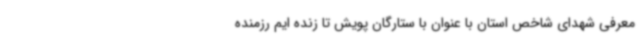
معرفی شهدای شاخص استان با عنوان با ستارگان پویش تا زنده ایم رزمنده